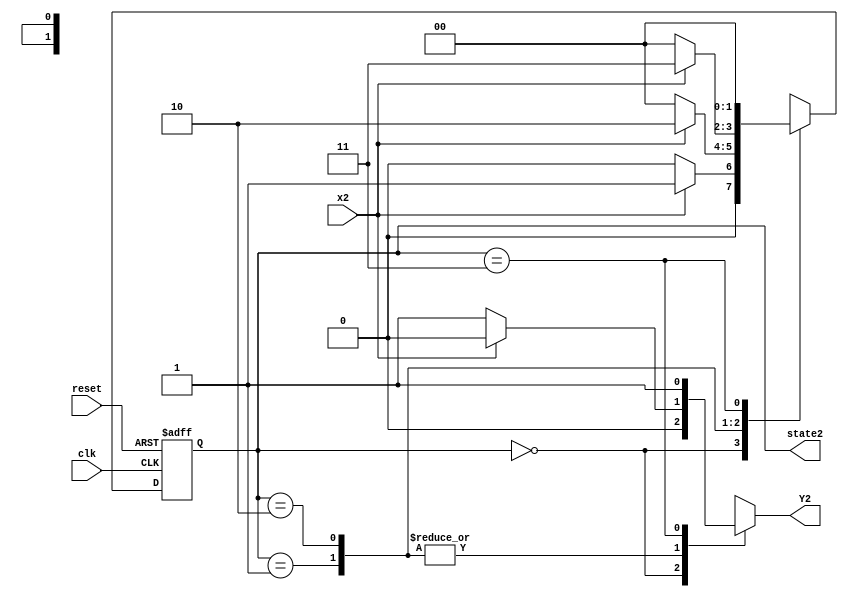
`timescale 1 ns/10 ps

module S2 (output reg Y2, output reg [1:0] state2,
           input wire clk, reset, x2);
   
   reg [1:0]          current_state, next_state;
   
   parameter state00 = 2'b00;
   parameter state01 = 2'b01;
   parameter state10 = 2'b10;
   parameter state11 = 2'b11;
   // *********************************
   // Memory block
   // ********************************
   always @ (posedge clk or negedge reset)
     begin: STATE_MEMORY
        if (!reset)
          current_state <= state00;
        else
          current_state <= next_state;
     end
   // ********************************
   // Next State
   // ********************************
   always @ (current_state or x2)
     begin: NEXT_STATE_LOGIC
        case (current_state)
          state00: 
            if (x2 == 1'b1)
              next_state = state01;
            else
              next_state = state00;
          state01: 
            if (x2 == 1'b1)
              next_state = state10;
            else
              next_state = state00;
          state10: 
            if (x2 == 1'b1)
              next_state = state11;
            else
              next_state = state00;
          state11:
            next_state = state00;
          default: next_state = state00;
        endcase // case (current_state)
     end 
   // ********************************
   // Output Logic
   // ********************************
   always @ (current_state or x2)
     begin : OUTPUT_LOGIC
        case (current_state)
          state00:
            Y2 = 1'b0;
          state01:
            if (x2 == 1'b0)
              Y2 = 1'b1;
            else
              Y2 = 1'b0;
          state10:
            if (x2 == 1'b0)
              Y2 = 1'b1;
            else
              Y2 = 1'b0;
          state11:
            Y2= 1'b1;
          default: Y2 = 1'b0;
        endcase // case (current_state)
     end
   
   always @ (current_state or x2)
     begin
        state2 = current_state;
     end 

endmodule // S2